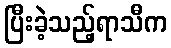
ပြီးခဲ့သည့်ရာသီက